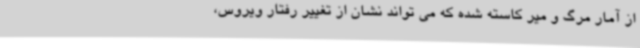
از آمار مرگ و میر کاسته شده که می تواند نشان از تغییر رفتار ویروس،